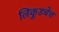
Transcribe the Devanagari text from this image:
लिकुडचेच